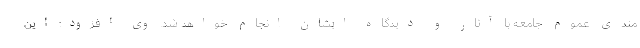
مندی عموم جامعه با آثار و دیدگاه ایشان انجام خواهد شد. وی افزود: این